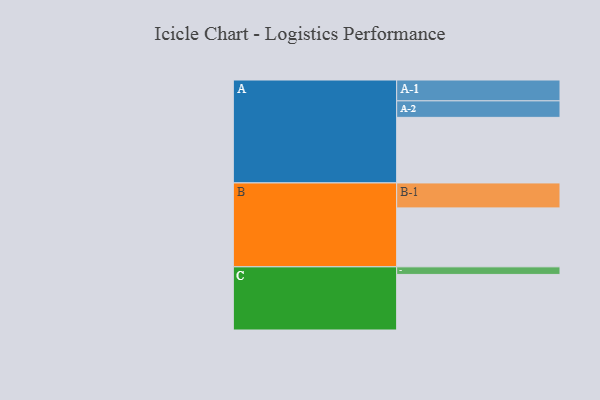
{"axis": {"x": "Segment", "y": "Value"}, "legend": ["", "A", "B", "C"], "data": [{"x": "A", "y": 544, "type": ""}, {"x": "B", "y": 489, "type": ""}, {"x": "C", "y": 461, "type": ""}, {"x": "A-1", "y": 173, "type": "A"}, {"x": "A-2", "y": 137, "type": "A"}, {"x": "B-1", "y": 207, "type": "B"}, {"x": "C-1", "y": 63, "type": "C"}]}